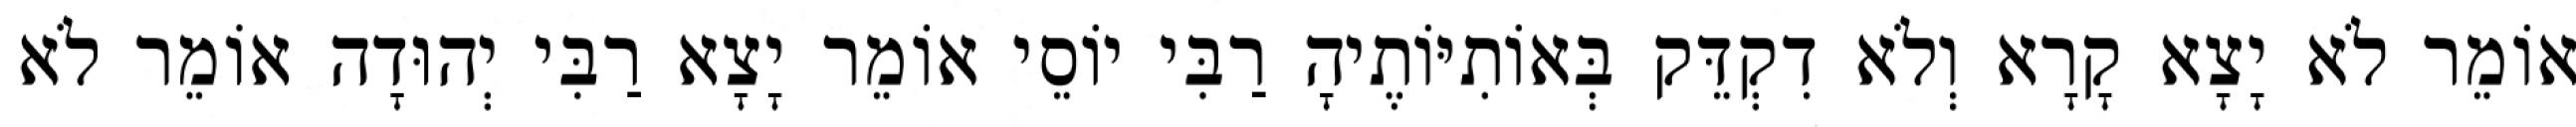
אוֹמֵר לֹא יָצָא קָרָא וְלֹא דִקְדֵּק בְּאוֹתִיּוֹתֶיהָ רַבִּי יוֹסֵי אוֹמֵר יָצָא רַבִּי יְהוּדָה אוֹמֵר לֹא